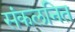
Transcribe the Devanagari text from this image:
संकलनित